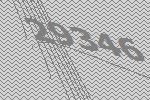
29346